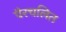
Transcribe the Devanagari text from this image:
पैरचलित